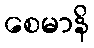
စေမာနိ